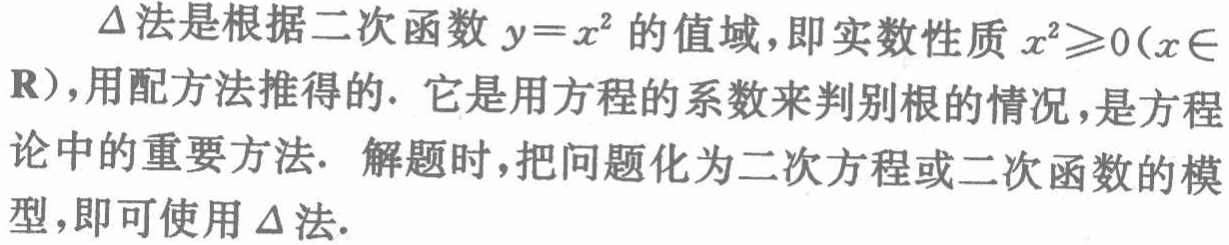
$\Delta$法是根据二次函数$y = x^{2}$的值域，即实数性质$x^{2}\geqslant0(x\in\mathbf{R})$，用配方法推得的. 它是用方程的系数来判别根的情况，是方程论中的重要方法. 解题时，把问题化为二次方程或二次函数的模型，即可使用$\Delta$法.